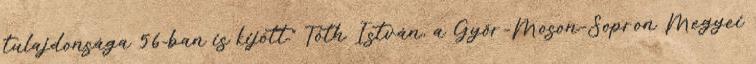
tulajdonsága 56-ban is kijött.” Tóth István, a Győr-Moson-Sopron Megyei